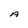
Character: A